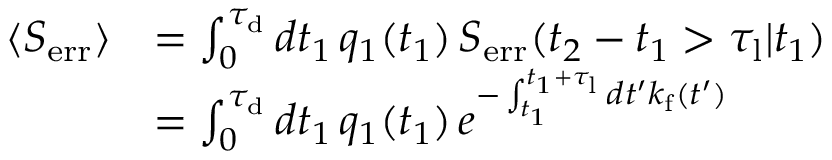
\begin{array} { r l } { \langle S _ { \mathrm { e r r } } \rangle } & { = \int _ { 0 } ^ { \tau _ { \mathrm { d } } } d t _ { 1 } \, q _ { 1 } ( t _ { 1 } ) \, S _ { \mathrm { e r r } } ( t _ { 2 } - t _ { 1 } > \tau _ { \mathrm { l } } | t _ { 1 } ) } \\ & { = \int _ { 0 } ^ { \tau _ { \mathrm { d } } } d t _ { 1 } \, q _ { 1 } ( t _ { 1 } ) \, e ^ { - \int _ { t _ { 1 } } ^ { t _ { 1 } + \tau _ { \mathrm { l } } } d t ^ { \prime } k _ { \mathrm { f } } ( t ^ { \prime } ) } } \end{array}